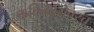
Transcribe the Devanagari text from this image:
कवितेबरोबरच